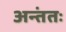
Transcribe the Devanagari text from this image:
अन्तंतः